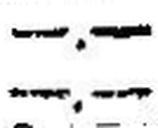
—.—